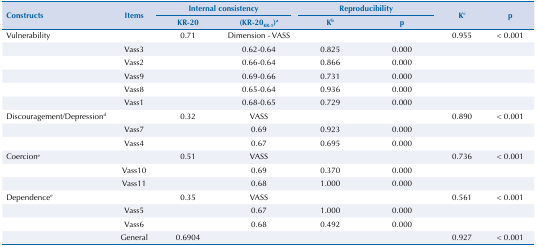
<table><thead><tr><td rowspan="3"><b>Constructs</b></td><td rowspan="3"><b>Items</b></td><td colspan="2"><b>Internal consistency</b></td><td colspan="3"><b>Reproducibility</b></td><td rowspan="3"><b>K<sup>c</sup></b></td><td rowspan="3"><b>p</b></td></tr><tr><td><b>KR-20</b></td><td><b>(KR-20<sub>KR-1</sub>)<sup>a</sup></b></td><td colspan="2"><b>K<sup>b</sup></b></td><td><b>p</b></td></tr></thead><tbody><tr><td>Vulnerability</td><td> </td><td>0.71</td><td>Dimension - VASS</td><td colspan="2"> </td><td> </td><td>0.955</td><td>&lt; 0.001</td></tr><tr><td> </td><td>Vass3</td><td> </td><td>0.62-0.64</td><td colspan="2">0.825</td><td>0.000</td><td> </td><td> </td></tr><tr><td> </td><td>Vass2</td><td> </td><td>0.66-0.64</td><td colspan="2">0.866</td><td>0.000</td><td> </td><td> </td></tr><tr><td> </td><td>Vass9</td><td> </td><td>0.69-0.66</td><td colspan="2">0.731</td><td>0.000</td><td> </td><td> </td></tr><tr><td> </td><td>Vass8</td><td> </td><td>0.65-0.64</td><td colspan="2">0.936</td><td>0.000</td><td> </td><td> </td></tr><tr><td> </td><td>Vass1</td><td> </td><td>0.68-0.65</td><td colspan="2">0.729</td><td>0.000</td><td> </td><td> </td></tr><tr><td>Discouragement/Depression<sup>d</sup></td><td> </td><td>0.32</td><td>VASS</td><td colspan="2"> </td><td> </td><td>0.890</td><td>&lt; 0.001</td></tr><tr><td> </td><td>Vass7</td><td> </td><td>0.69</td><td colspan="2">0.923</td><td>0.000</td><td> </td><td> </td></tr><tr><td> </td><td>Vass4</td><td> </td><td>0.67</td><td colspan="2">0.695</td><td>0.000</td><td> </td><td> </td></tr><tr><td>Coercion<sup>e</sup></td><td> </td><td>0.51</td><td>VASS</td><td colspan="2"> </td><td> </td><td>0.736</td><td>&lt; 0.001</td></tr><tr><td> </td><td>Vass10</td><td> </td><td>0.69</td><td colspan="2">0.370</td><td>0.000</td><td> </td><td> </td></tr><tr><td> </td><td>Vass11</td><td> </td><td>0.68</td><td colspan="2">1.000</td><td>0.000</td><td> </td><td> </td></tr><tr><td>Dependence<sup>e</sup></td><td> </td><td>0.35</td><td>VASS</td><td colspan="2"> </td><td> </td><td>0.561</td><td>&lt; 0.001</td></tr><tr><td> </td><td>Vass5</td><td> </td><td>0.67</td><td colspan="2">1.000</td><td>0.000</td><td> </td><td> </td></tr><tr><td> </td><td>Vass6</td><td> </td><td>0.68</td><td colspan="2">0.492</td><td>0.000</td><td> </td><td> </td></tr><tr><td> </td><td>General</td><td>0.6904</td><td> </td><td> </td><td colspan="2"> </td><td>0.927</td><td>&lt; 0.001</td></tr></tbody></table>